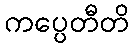
ကပ္ပေတီတိ